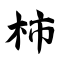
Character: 柿